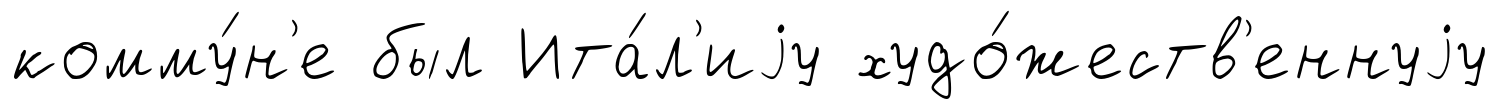
комму́н'е был Ита́л'иjу худо́жеств'еннуjу